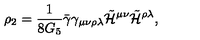
\rho _ { 2 } = \frac { 1 } { 8 G _ { 5 } } \bar { \gamma } \gamma _ { \mu \nu \rho \lambda } \tilde { \cal H } ^ { \mu \nu } \tilde { \cal H } ^ { \rho \lambda } ,